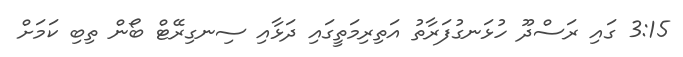
3:15 ގައި ރަސްދޫ ހުޅަނގުފަރާތު އަތިރިމަތީގައި ދަޅާއި ސިނގިރޭޓް ބޯން ތިބި ކަމަށް